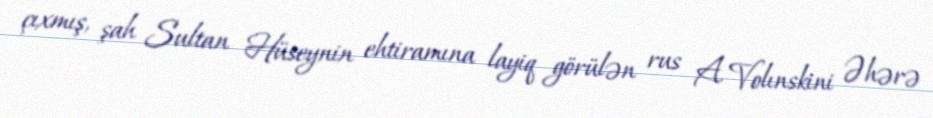
çıxmış, şah Sultan Hüseynin ehtiramına layiq görülən rus A. Volınskini Əhərə